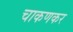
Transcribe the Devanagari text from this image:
चाकणकर